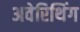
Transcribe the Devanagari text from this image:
अवेरिथिंग